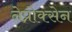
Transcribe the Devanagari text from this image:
नेप्रोक्सेन